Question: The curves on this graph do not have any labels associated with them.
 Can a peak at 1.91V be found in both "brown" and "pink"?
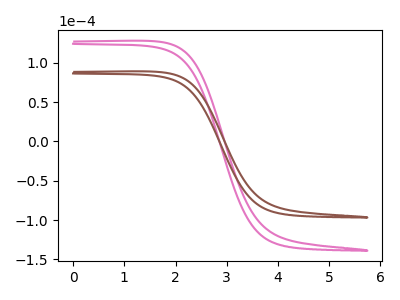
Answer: <think>The pink curve "pink" has no peaks. The brown curve "brown" has no peaks.</think>
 <answer>No, "brown" and "pink" dont share a peak at 1.91V.</answer>
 <eval>mismatch</eval>